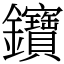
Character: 𨰰